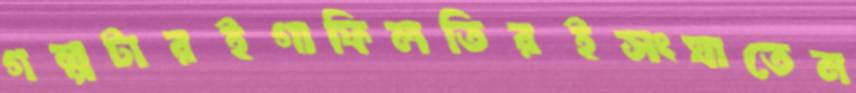
গল্পটারইগাফিলতিরইসংঘাতেম